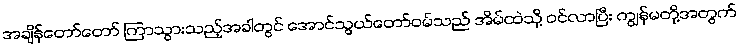
အချိန်တော်တော် ကြာသွားသည့်အခါတွင် အောင်သွယ်တော်ဝမ်သည် အိမ်ထဲသို့ ဝင်လာပြီး ကျွန်မတို့အတွက်